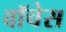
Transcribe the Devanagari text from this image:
वॉचेस